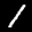
Label: 1